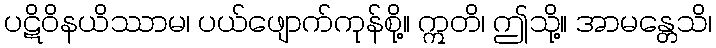
ပဋိဝိနယိဿာမ၊ ပယ်ဖျောက်ကုန်စို့။ ဣတိ၊ ဤသို့။ အာမန္တေသိ၊